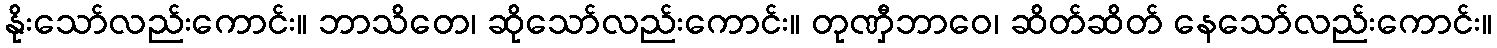
နိုးသော်လည်းကောင်း။ ဘာသိတေ၊ ဆိုသော်လည်းကောင်း။ တုဏှီဘာဝေ၊ ဆိတ်ဆိတ် နေသော်လည်းကောင်း။